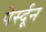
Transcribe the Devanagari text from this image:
पेर्स्दून